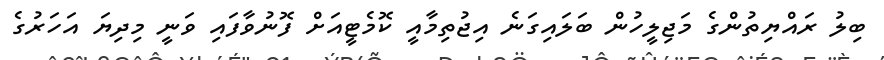
ބިލު ރައްޔިތުންގެ މަޖިލީހުން ބަލައިގަނެ އިޖުތިމާއީ ކޮމެޓީއަށް ފޮނުވާފައި ވަނީ މިދިޔަ އަހަރުގެ